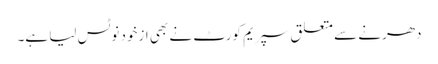
دھرنے سے متعلق سپریم کورٹ نے بھی ازخود نوٹس لیا ہے۔